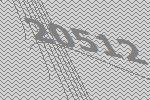
20512